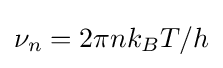
{\textstyle \nu _{n}=2\pi nk_{B}T/h}